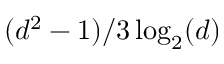
( d ^ { 2 } - 1 ) / 3 \log _ { 2 } ( d )